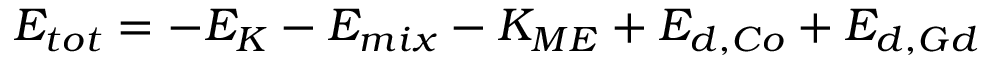
E _ { t o t } = - E _ { K } - E _ { m i x } - K _ { M E } + E _ { d , C o } + E _ { d , G d }